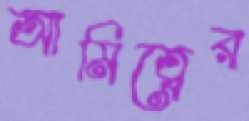
আমিত্বের